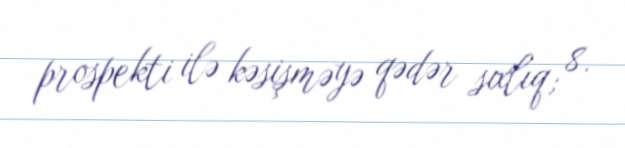
prospekti ilə kəsişməyə qədər sıxlıq; 8.